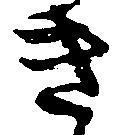
き